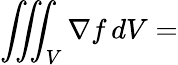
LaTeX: \iiint_{V}\nabla f\, dV=